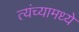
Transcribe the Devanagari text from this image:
त्यंच्यामध्ये